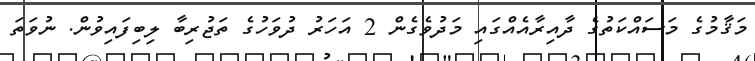
މަޤާމުގެ މަސައްކަތުގެ ދާއިރާއެއްގައި މަދުވެގެން 2 އަހަރު ދުވަހުގެ ތަޖުރިބާ ލިބިފައިވުން. ނުވަތަ